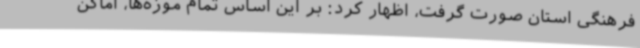
فرهنگی استان صورت گرفت، اظهار کرد: بر این اساس تمام موزه‌ها، اماکن